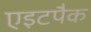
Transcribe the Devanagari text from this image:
एइटपैक